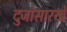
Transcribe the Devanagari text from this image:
दुजांसारखे